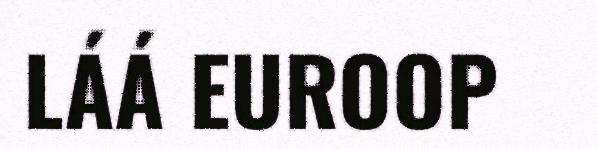
LÁÁ EUROOP